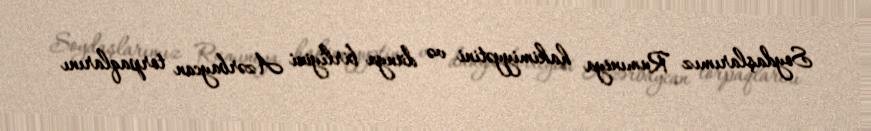
Soydaşlarımız Rumıniya hakimiyyətini və dünya birliyini Azərbaycan torpaqlarını